Indian journal of veterinary science and animal husbandry - Volumes 22-23, 1952-1953
Year: 1952
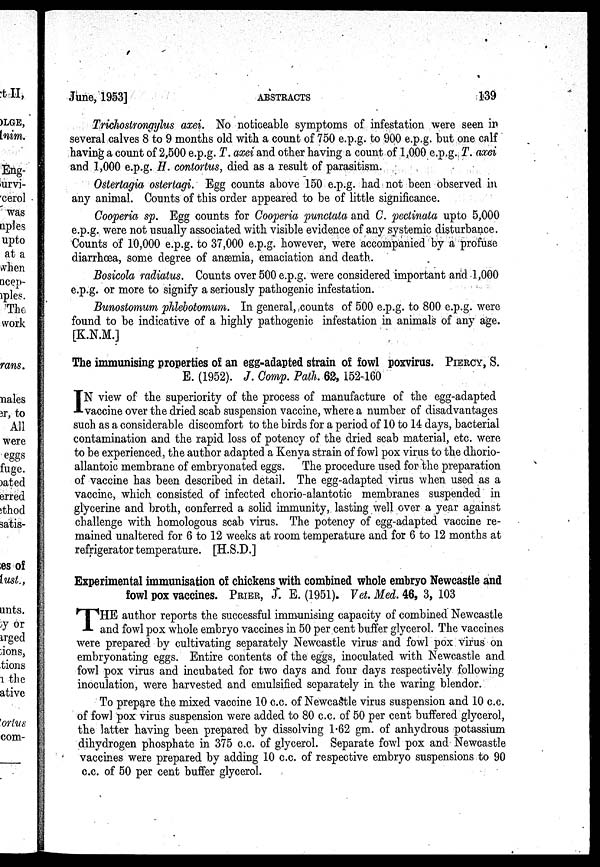
June, 1953]
ABSTRACTS
139
Trichostrongylus axei. No noticeable symptoms of infestation were seen in
several calves 8 to 9 months old with a count of 750 e.p.g. to 900 e.p.g. but one calf
having a count of 2,500 e.p.g. T. axei and other having a count of 1,000 e.p.g. T. axei
and 1,000 e.p.g. H. contortus, died as a result of parasitism.
Ostertagia ostertagi. Egg counts above 150 e.p.g. had not been observed in
any animal. Counts of this order appeared to be of little significance.
Cooperia sp. Egg counts for Cooperia punctata and C. pectinata upto 5,000
e.p.g. were not usually associated with visible evidence of any systemic disturbance.
Counts of 10,000 e.p.g. to 37,000 e.p.g. however, were accompanied by a profuse
diarrhœa, some degree of anæmia, emaciation and death.
Bosicola radiatus. Counts over 500 e.p.g. were considered important and 1,000
e.p.g. or more to signify a seriously pathogenic infestation.
Bunostomum phlebotomum. In general, counts of 500 e.p.g. to 800 e.p.g. were
found to be indicative of a highly pathogenic infestation in animals of any age.
[K.N.M.]
The immunising properties of an egg-adapted strain of fowl poxvirus. PIERCY, S.
E. (1952). J. Comp. Path. 62, 1 52-160
I N view of the superiority of the process of manufacture of the egg-adapted
vaccine over the dried scab suspension vaccine, where a number of disadvantages
such as a considerable discomfort to the birds for a period of 10 to 14 days, bacterial
contamination and the rapid loss of potency of the dried scab material, etc. were
to be experienced, the author adapted a Kenya strain of fowl pox virus to the dhorio-
allantoic membrane of embryonated eggs. The procedure used for the preparation
of vaccine has been described in detail. The egg-adapted virus when used as a
vaccine, which consisted of infected chorio-alantotic membranes suspended in
glycerine and broth, conferred a solid immunity, lasting well over a year against
challenge with homologous scab virus. The potency of egg-adapted vaccine re-
mained unaltered for 6 to 12 weeks at room temperature and for 6 to 12 months at
refrigerator temperature. [H.S.D.]
Experimental immunisation of chickens with combined whole embryo Newcastle and
fowl pox vaccines. PRIER, J. E. (1951). Vet. Med. 46, 3, 103
T HE author reports the successful immunising capacity of combined Newcastle
and fowl pox whole embryo vaccines in 50 per cent buffer glycerol. The vaccines
were prepared by cultivating separately Newcastle virus and fowl pox virus on
embryonating eggs. Entire contents of the eggs, inoculated with Newcastle and
fowl pox virus and incubated for two days and four days respectively following
inoculation, were harvested and emulsified separately in the waring blendor.
To prepare the mixed vaccine 10 c.c. of Newcastle virus suspension and 10 c.c.
of fowl pox virus suspension were added to 80 c.c. of 50 per cent buffered glycerol,
the latter having been prepared by dissolving 1.62 gm. of anhydrous potassium
dihydrogen phosphate in 375 c.c. of glycerol. Separate fowl pox and Newcastle
vaccines were prepared by adding 10 c.c. of respective embryo suspensions to 90
c.c. of 50 per cent buffer glycerol.